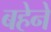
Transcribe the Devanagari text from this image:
बहेने